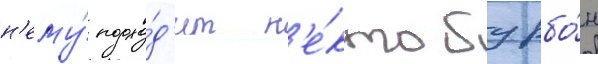
н'ему́ подхо́д'ит н'е́кто бурбо́н